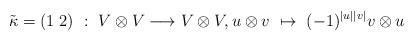
LaTeX: \begin{align*} \tilde{\kappa} = (1 \; 2)\ : \ V\otimes V \longrightarrow V \otimes V, u \otimes v \ \mapsto \ (-1)^{|u||v|} v \otimes u\end{align*}